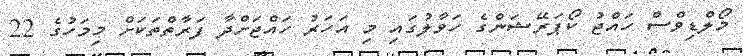
މޯލްޑިވްސް ހައްޖު ކޯޕަރޭޝަންގެ ހަވާލުގައި މި އަހަރު ހައްޖަށްދާ ފަރާތްތަކަށް މިމަހުގެ 22